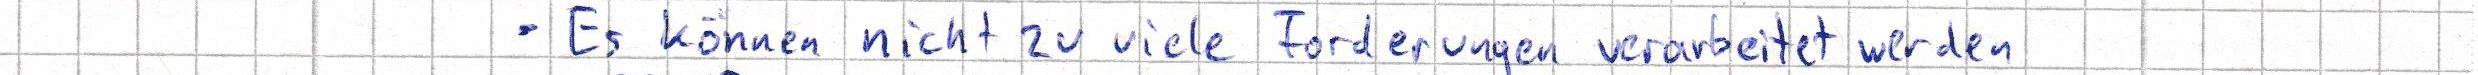
Es können nicht zu viele Forderungen verarbeitet werden